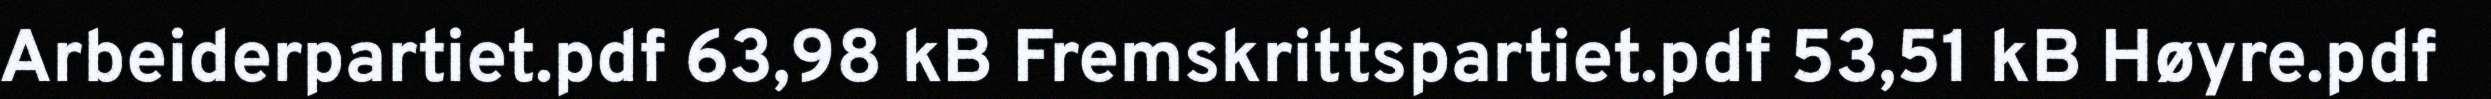
Arbeiderpartiet.pdf 63,98 kB Fremskrittspartiet.pdf 53,51 kB Høyre.pdf